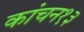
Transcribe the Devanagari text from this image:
कांचन१३